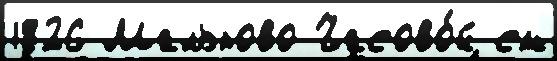
1926 Мальково Часово́й см